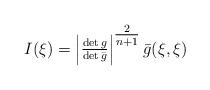
LaTeX: \begin{align*} I(\xi) = \left|\tfrac{\det g }{\det \bar g }\right|^{\tfrac{2}{n+1}} \bar g(\xi, \xi) \end{align*}